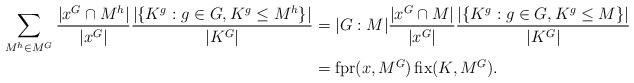
LaTeX: \begin{align*}\sum_{M^h \in M^G} \frac{|x^G \cap M^h|}{|x^G|} \frac{|\{ K^g: g \in G, K^g \le M^h \} |}{|K^G|} &= |G:M| \frac{|x^G \cap M|}{|x^G|} \frac{|\{ K^g: g \in G, K^g \le M \} |}{|K^G|} \\&= \operatorname{fpr}(x,M^G) \operatorname{fix}(K,M^G).\end{align*}